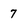
Character: 7